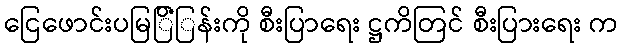
ငြေဖောင်းပမြြိံြန်းကို စီးပြာရေး ဋ္ဌကိတြင် စီးပြားရေး က